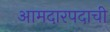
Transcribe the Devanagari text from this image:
आमदारपदाची